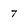
Character: 7